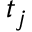
t _ { j }